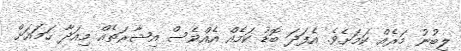
ލިބުނު މަރެއް ކަމަށެވެ. އެފަދަ ބޮޑު ކަމެއް އެއްވެސް އިޝާރަތެއް މިއަދާ ހަމައަށް